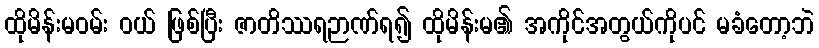
ထိုမိန်းမဝမ်း ဝယ် ဖြစ်ပြီး ဇာတိဿရဉာဏ်ရ၍ ထိုမိန်းမ၏ အကိုင်အတွယ်ကိုပင် မခံတော့ဘဲ